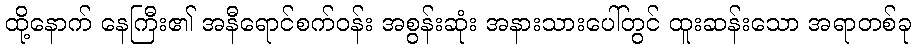
ထို့နောက် နေကြီး၏ အနီရောင်စက်ဝန်း အစွန်းဆုံး အနားသားပေါ်တွင် ထူးဆန်းသော အရာတစ်ခု